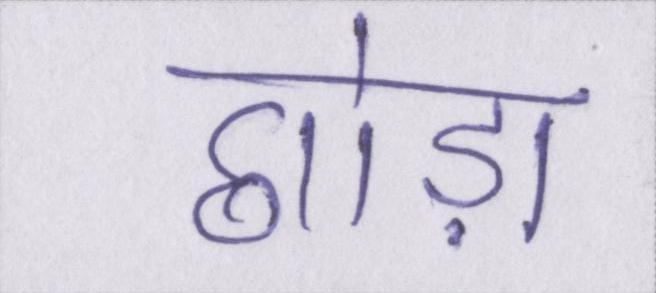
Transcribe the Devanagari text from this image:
छोड़ा